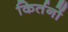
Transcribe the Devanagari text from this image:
किर्तनों